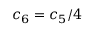
c _ { 6 } = c _ { 5 } / 4